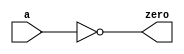

module zerodetect #(parameter WIDTH = 32)
                  (input [WIDTH-1:0] a, 
                   output    zero);
                   
  assign zero = (a==0);
endmodule